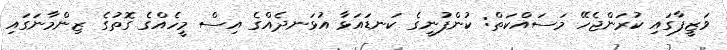
ވަޒީފާގައި ކުރަންޖެހޭ މަސައްކަތް: ކުންފުނީގެ ކަނޑައަޅާ އުޅަނދެއްގެ އިސް މީހެއްގެ ގޮތުގެ ޒިންމާނަގައި